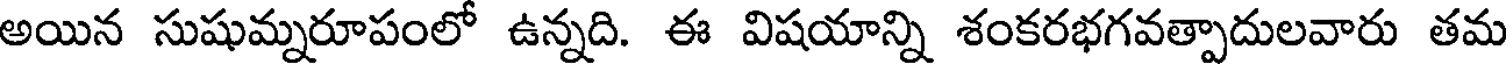
అయిన సుషుమ్నరూపంలో ఉన్నది. ఈ విషయాన్ని శంకరభగవత్పాదులవారు తమ